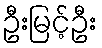
ဦးမြင့်ဦး